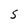
Character: S